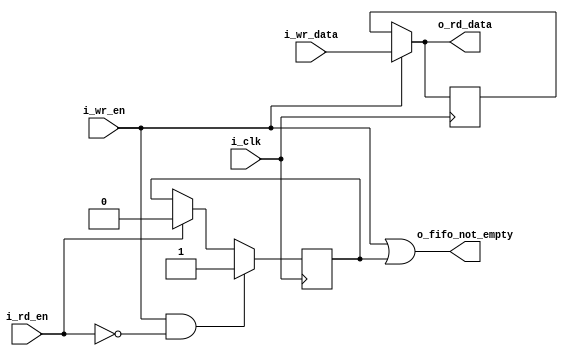
module FIFO (
  input i_clk,

  input i_wr_en,
  input [7:0] i_wr_data,
  input i_rd_en,

  output [7:0] o_rd_data,
  output o_fifo_not_empty
);

  reg [7:0] r_buffer;
  reg r_fifo_not_empty;

  assign o_fifo_not_empty = i_wr_en | r_fifo_not_empty;
  assign o_rd_data = i_wr_en ? i_wr_data : r_buffer;

  always @(posedge i_clk) begin
    if (i_wr_en) begin
      r_buffer <= i_wr_data;
    end
  end

  always @(posedge i_clk) begin
    if (i_wr_en & !i_rd_en) begin
      r_fifo_not_empty <= 1'b1;
    end else if (i_rd_en) begin
      r_fifo_not_empty <= 1'b0;
    end
  end

endmodule